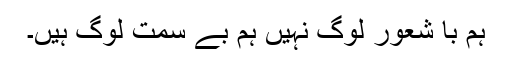
ہم با شعور لوگ نہیں ہم بے سمت لوگ ہیں۔